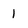
Character: 1